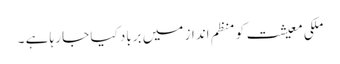
ملکی معیشت کو منظم انداز میں برباد کیا جا رہا ہے ۔